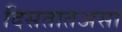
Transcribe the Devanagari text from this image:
दिसतातअसा